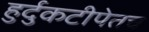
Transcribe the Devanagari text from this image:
हुर्दुकटीपेतच